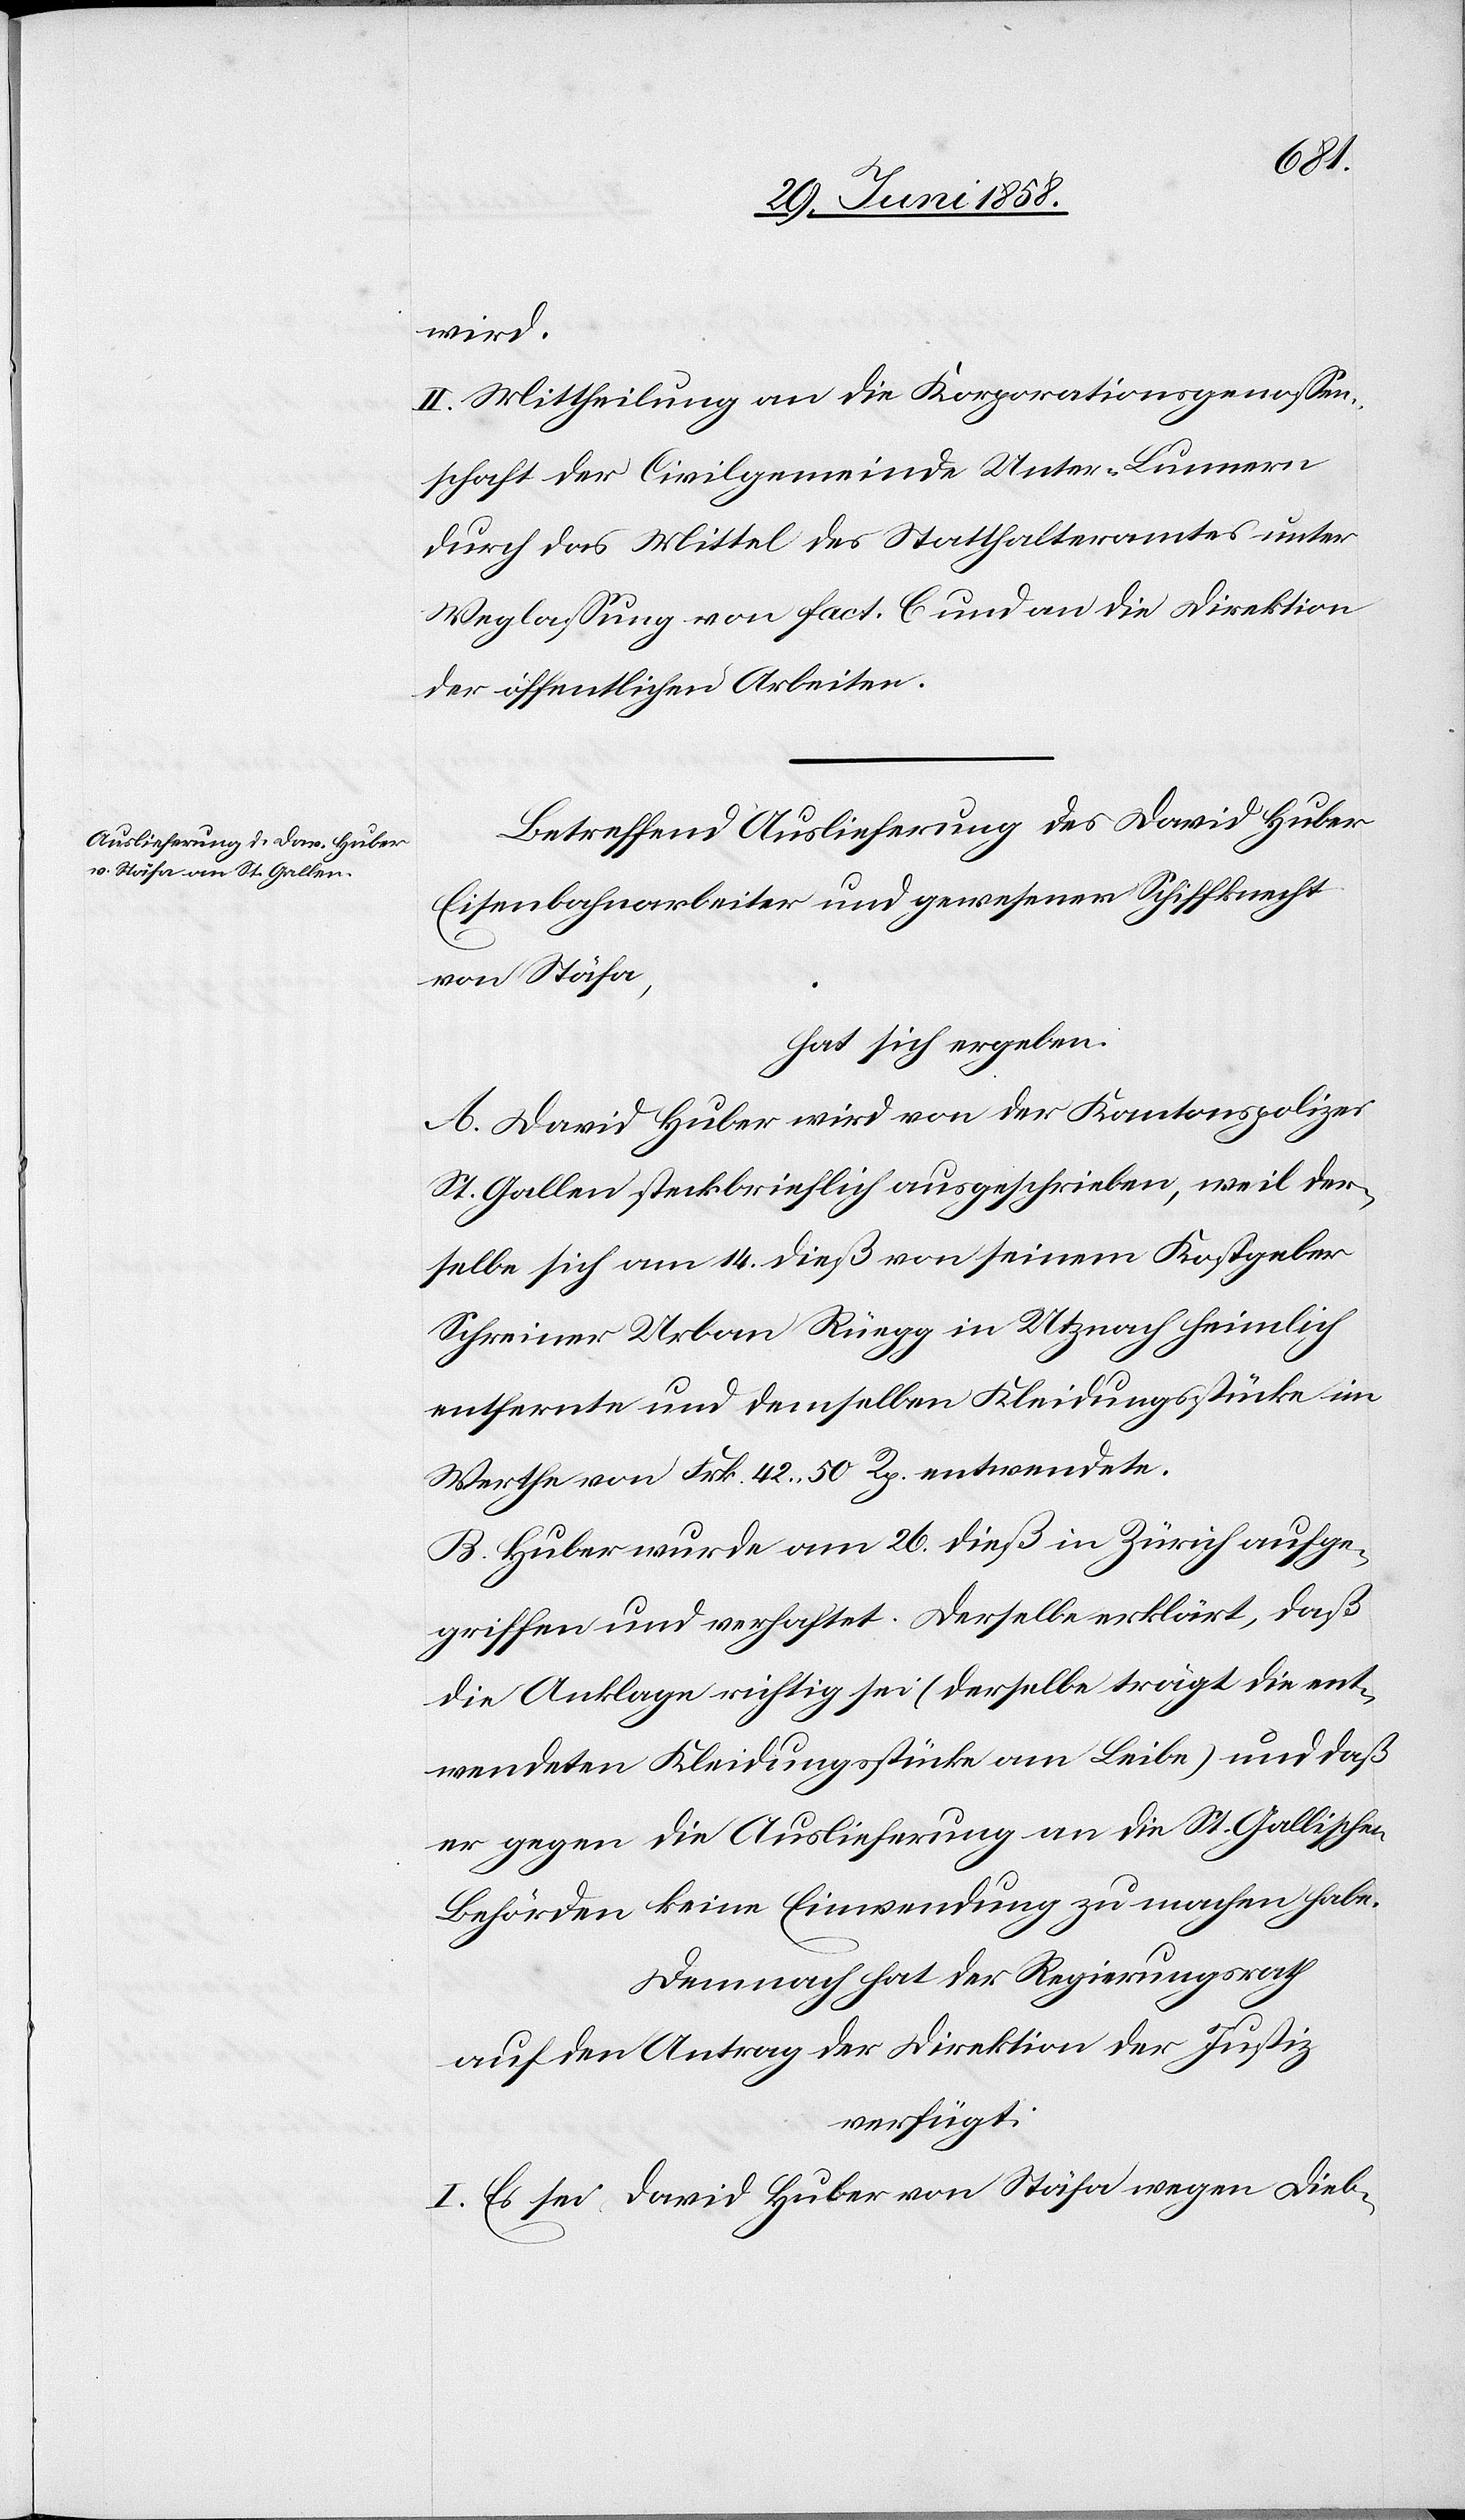
wird.
II. Mittheilung an die Korporationsgenossen¬
schaft der Civilgemeinde Unter-Lunnern
durch das Mittel des Statthalteramtes unter
Weglassung von Fact. C und an die Direktion
der öffentlichen Arbeiten.
Betreffend Auslieferung des David Huber
Eisenbahnarbeiter und gewesener Schiffknecht
von Stäfa,
hat sich ergeben:
A. David Huber wird von der Kantonspolizei
St. Gallen steckbrieflich ausgeschrieben, weil der¬
selbe sich am 14. dieß von seinem Kostgeber
Schreiner Urban Rüegg in Utznach heimlich
entfernte und demselben Kleidungsstücke im
Werthe von Frk. 42 50 Rp. entwendete.
B. Huber wurde am 26. dieß in Zürich aufge¬
griffen und verhaftet. Derselbe erklärt, daß
die Anklage richtig sei (derselbe trägt die ent¬
wendeten Kleidungsstücke am Leibe) und daß
er gegen die Auslieferung an die St. Gallischen
Behörden keine Einwendung zu machen habe.
Demnach hat der Regierungsrath
auf den Antrag der Direktion der Justiz
verfügt:
I. Es sei David Huber von Stäfa wegen Dieb-